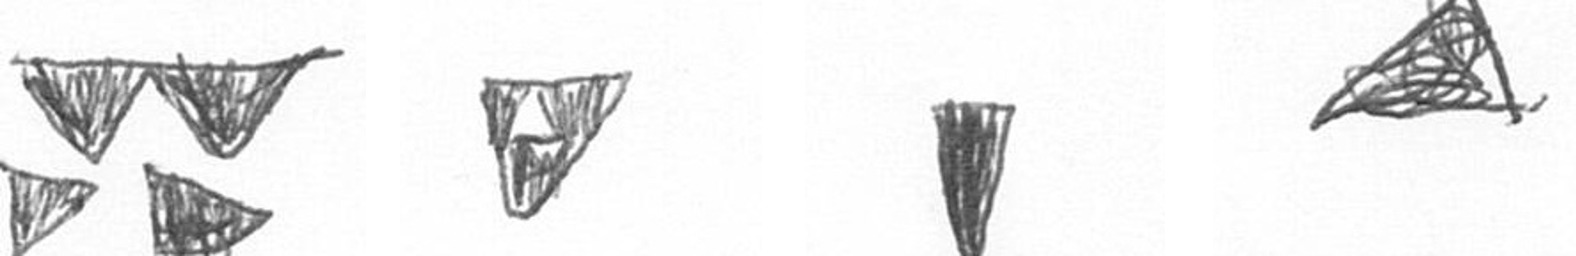
B S J O